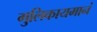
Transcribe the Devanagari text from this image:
गुलिकायमानं